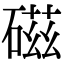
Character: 磁